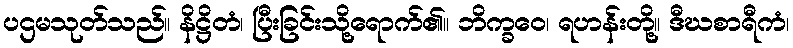
ပဌမသုတ်သည်။ နိဋ္ဌိတံ၊ ပြီးခြင်းသို့ရောက်၏။ ဘိက္ခဝေ၊ ရဟန်းတို့။ ဒီဃစာရီကံ၊